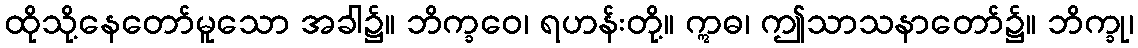
ထိုသို့နေတော်မူသော အခါ၌။ ဘိက္ခဝေ၊ ရဟန်းတို့။ ဣဓ၊ ဤသာသနာတော်၌။ ဘိက္ခု၊